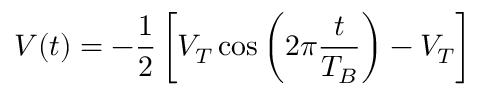
V ( t ) = - \frac { 1 } { 2 } \left[ V _ { T } \cos \left( 2 \pi \frac { t } { T _ { B } } \right) - V _ { T } \right]